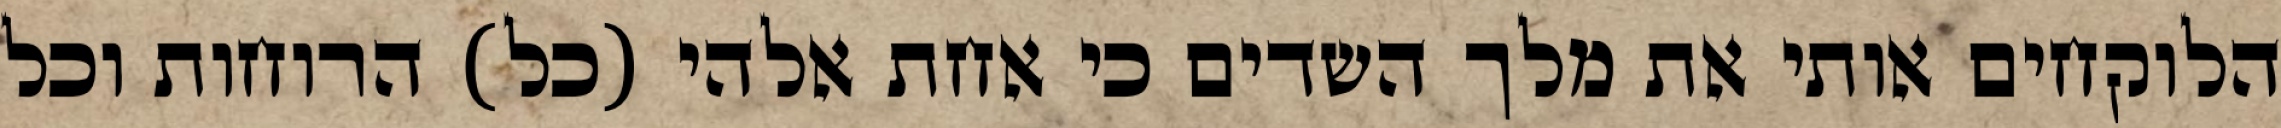
הלוקחים אותי את מלך השדים כי אחת אלהי (כל) הרוחות וכל